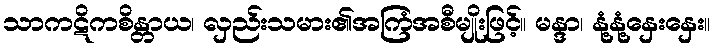
သာကဋိကစိန္တာယ၊ လှည်းသမား၏အကြံအစီမျိုးဖြင့်။ မန္ဒာ၊ နုံ့နုံ့နှေးနှေး။